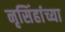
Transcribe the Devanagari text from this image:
नृसिंहांंच्या